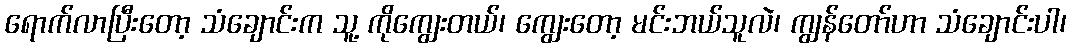
ရောက်လာပြီးတော့ သံချောင်းက သူ့ ကိုကျွေးတယ်၊ ကျွေးတော့ မင်းဘယ်သူလဲ၊ ကျွန်တော်ဟာ သံချောင်းပါ၊